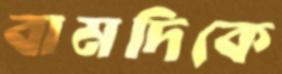
বামদিকে